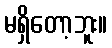
မရှိတော့ဘူး။